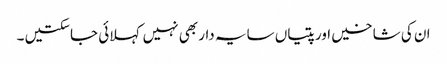
ان کی شاخیں اور پتیاں سایہ دار بھی نہیں کہلائی جاسکتیں ۔